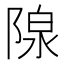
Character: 𬯏